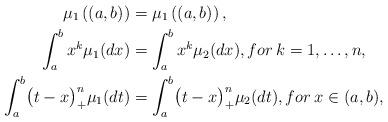
LaTeX: \begin{align*}\mu_1\left((a,b)\right)&=\mu_1\left((a,b)\right),\\\int_a^b x ^k \mu_1(dx)&=\int_a^b x ^k \mu_2(dx),for \:k=1,\ldots ,n,\\\int_a^b \bigl(t-x\bigr) ^n _+\mu_1(dt)&=\int_a^b \bigl(t-x\bigr) ^n _+\mu_2(dt),for \:x\in (a,b),\end{align*}